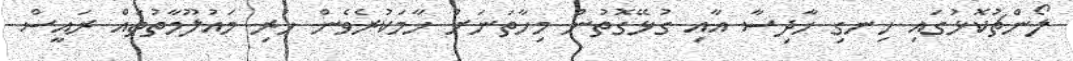
ލޯންޗުކޮޅުގައި ހިނގި ހާދިސާ އާއި ގުޅޭގޮތުން މިހާތަނަށް ހާމަކުރެވެން ހުރި މައުލޫމާތުތައް ރައީސް